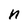
Character: n